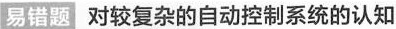
易错题 对较复杂的自动控制系统的认知